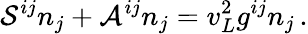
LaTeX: {\cal S}^{ij}n_{j}+{\cal A}^{ij}n_{j}=v_{L}^{2}g^{ij}n_{j}\, .